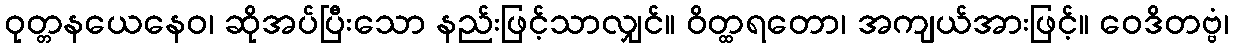
ဝုတ္တနယေနေဝ၊ ဆိုအပ်ပြီးသော နည်းဖြင့်သာလျှင်။ ဝိတ္ထရတော၊ အကျယ်အားဖြင့်။ ဝေဒိတဗ္ဗံ၊